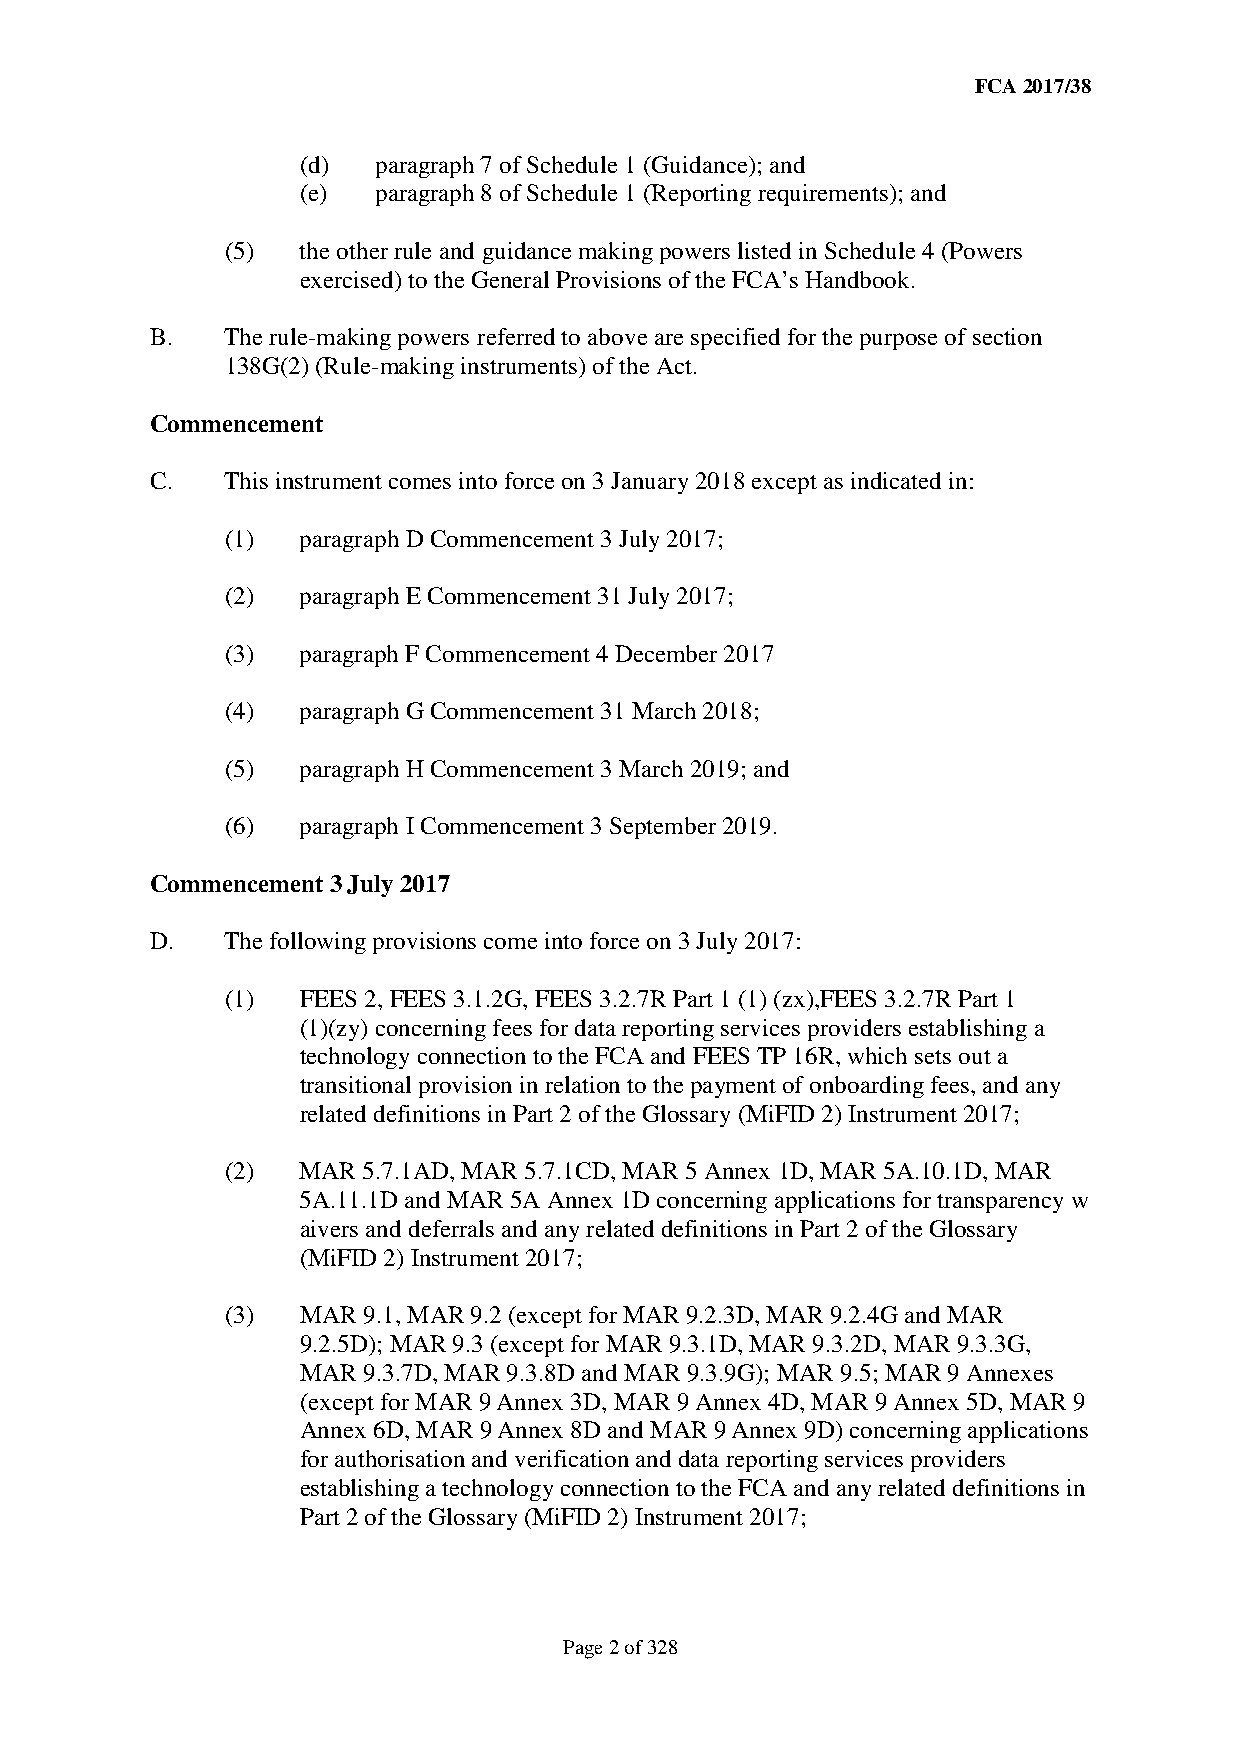
FCA 2017/38
 (d)  paragraph 7 of Schedule 1 (Guidance); and
 (e)  paragraph 8 of Schedule 1 (Reporting requirements); and
 (5)  the other rule and guidance making powers listed in Schedule 4 (Powers
 exercised) to the General Provisions of the FCA’s Handbook.
 B.   The rule-making powers referred to above are specified for the purpose of section
 138G(2) (Rule-making instruments) of the Act.
 Commencement
 C.   This instrument comes into force on 3 January 2018 except as indicated in:
 (1)  paragraph D Commencement 3 July 2017;
 (2)  paragraph E Commencement 31 July 2017;
 (3)  paragraph F Commencement 4 December 2017
 (4)  paragraph G Commencement 31 March 2018;
 (5)  paragraph H Commencement 3 March 2019; and
 (6)  paragraph I Commencement 3 September 2019.
 Commencement 3 July 2017
 D.   The following provisions come into force on 3 July 2017:
 (1)  FEES 2, FEES 3.1.2G, FEES 3.2.7R Part 1 (1) (zx),FEES 3.2.7R Part 1
 (1)(zy) concerning fees for data reporting services providers establishing a
 technology connection to the FCA and FEES TP 16R, which sets out a
 transitional provision in relation to the payment of onboarding fees, and any
 related definitions in Part 2 of the Glossary (MiFID 2) Instrument 2017;
 (2)  MAR 5.7.1AD, MAR 5.7.1CD, MAR 5 Annex 1D, MAR 5A.10.1D, MAR
 5A.11.1D and MAR 5A Annex 1D concerning applications for transparency w
 aivers and deferrals and any related definitions in Part 2 of the Glossary
 (MiFID 2) Instrument 2017;
 (3)  MAR 9.1, MAR 9.2 (except for MAR 9.2.3D, MAR 9.2.4G and MAR
 9.2.5D); MAR 9.3 (except for MAR 9.3.1D, MAR 9.3.2D, MAR 9.3.3G,
 MAR 9.3.7D, MAR 9.3.8D and MAR 9.3.9G); MAR 9.5; MAR 9 Annexes
 (except for MAR 9 Annex 3D, MAR 9 Annex 4D, MAR 9 Annex 5D, MAR 9
 Annex 6D, MAR 9 Annex 8D and MAR 9 Annex 9D) concerning applications
 for authorisation and verification and data reporting services providers
 establishing a technology connection to the FCA and any related definitions in
 Part 2 of the Glossary (MiFID 2) Instrument 2017;
 Page 2 of 328